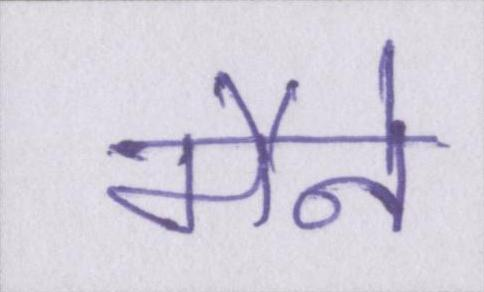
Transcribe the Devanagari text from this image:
मैने